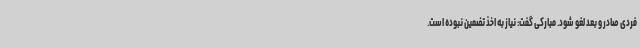
فردی صادر و بعد لغو شود. مبارکی گفت: نیاز به اخذ تضمین نبوده است.